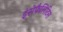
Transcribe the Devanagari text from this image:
इंसेफैलिटिस